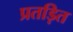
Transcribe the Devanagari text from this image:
प्रतड़ित